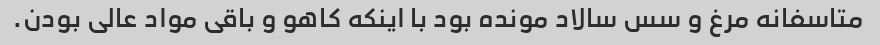
متاسفانه مرغ و سس سالاد مونده بود با اینکه کاهو و باقی مواد عالی بودن.